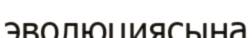
эволюциясына